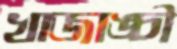
খাজাঙ্চী